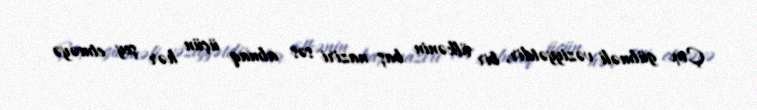
Çox gülməli vəziyyətdir, bir ölkənin baş naziri səs almaq üçün hər şey etməyə